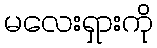
မလေးရှားကို